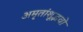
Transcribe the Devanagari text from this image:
अमृतांशूद्भवो